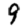
Digit: 9